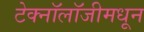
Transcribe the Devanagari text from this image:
टेक्‍नॉलॉजीमधून